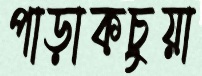
পাড়াকচুয়া